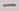
Text: -